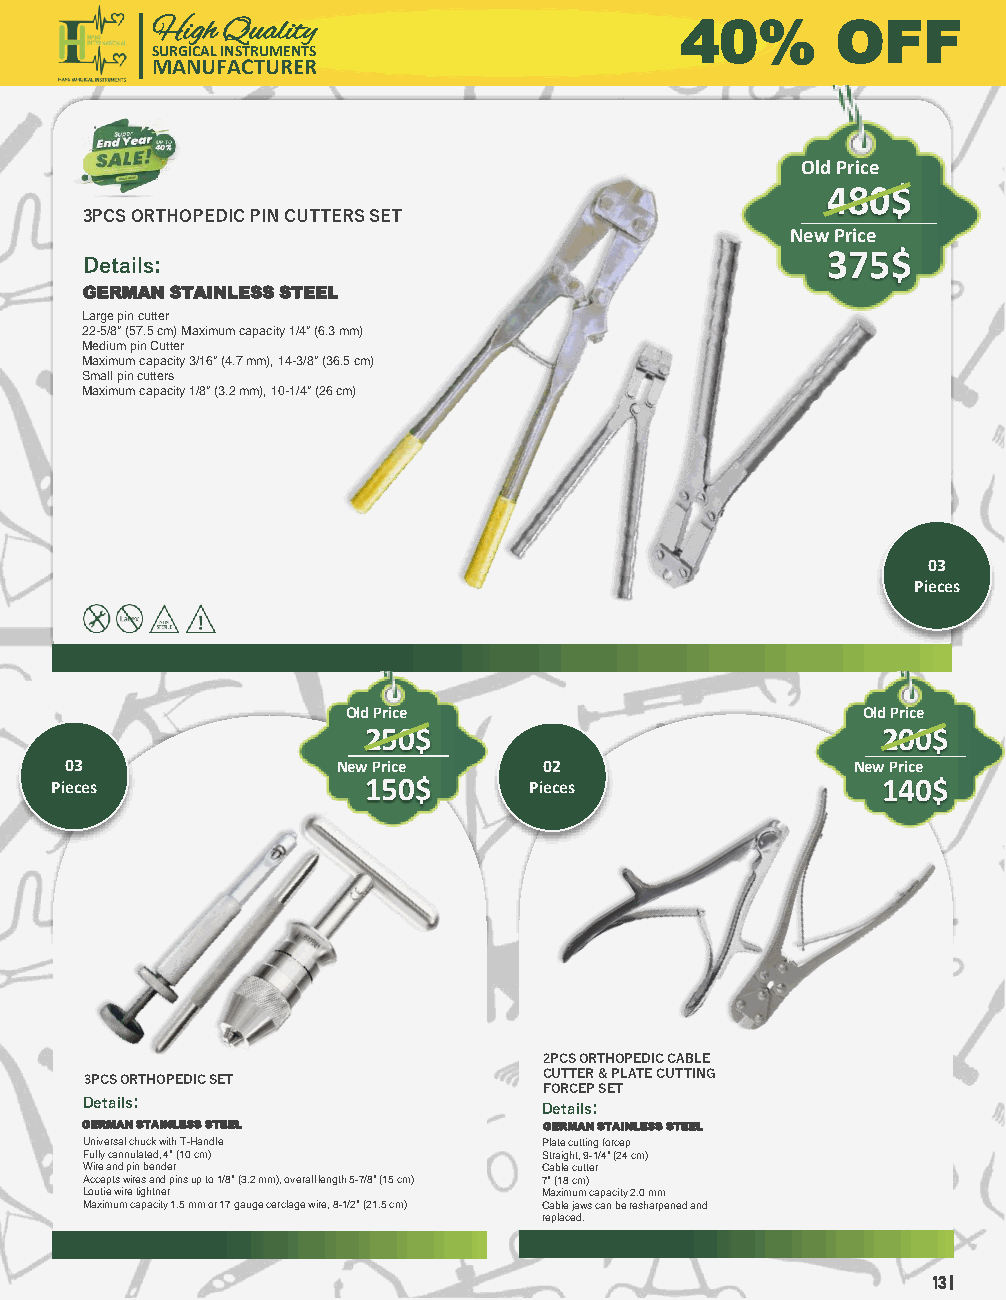
High Quality                       40%       OFF
 SURGICAL INSTRUMENTS
 MANUFACTURER
 Old Price
 480$
 3PCS ORTHOPEDIC PIN CUTTERS SET
 New Price
 Details:                                          375$
 GERMAN STAINLESS STEEL
 Large pin cutter
 22-5/8" (57.5 cm) Maximum capacity 1/4" (6.3 mm)
 Medium pin Cutter
 Maximum capacity 3/16" (4.7 mm), 14-3/8" (36.5 cm)
 Small pin cutters
 Maximum capacity 1/8" (3.2 mm), 10-1/4" (26 cm)
 03
 Pieces
 Old Price                         Old Price
 250$                              200$
 03                New Price     02                   New Price
 Pieces               150$       Pieces                 140$
 2PCS ORTHOPEDIC CABLE
 CUTTER & PLATE CUTTING
 3PCS ORTHOPEDIC SET
 FORCEP SET
 Details:                       Details:
 GERMAN STAINLESS STEEL         GERMAN STAINLESS STEEL
 Universal chuck with T-Handle  Plate cutting forcep
 Fully cannulated, 4" (10 cm)   Straight, 9-1/4" (24 cm)
 Wire and pin bender            Cable cutter
 Accepts wires and pins up to 1/8" (3.2 mm), overall length 5-7/8" (15 cm) 7" (18 cm)
 Loutiewire tightner            Maximum capacity 2.0 mm
 Maximum capacity 1.5 mm or 17 gauge cerclagewire, 8-1/2" (21.5 cm) Cable jaws can be resharpenedand
 replaced.
 13 |